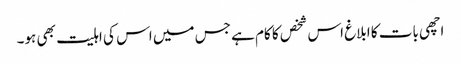
اچھی بات کا ابلاغ اس شخص کا کام ہے جس میں اس کی اہلیت بھی ہو۔